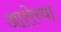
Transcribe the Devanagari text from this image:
आशेच्या